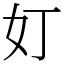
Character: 奵